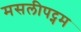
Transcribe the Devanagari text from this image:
मसलीपट्नम